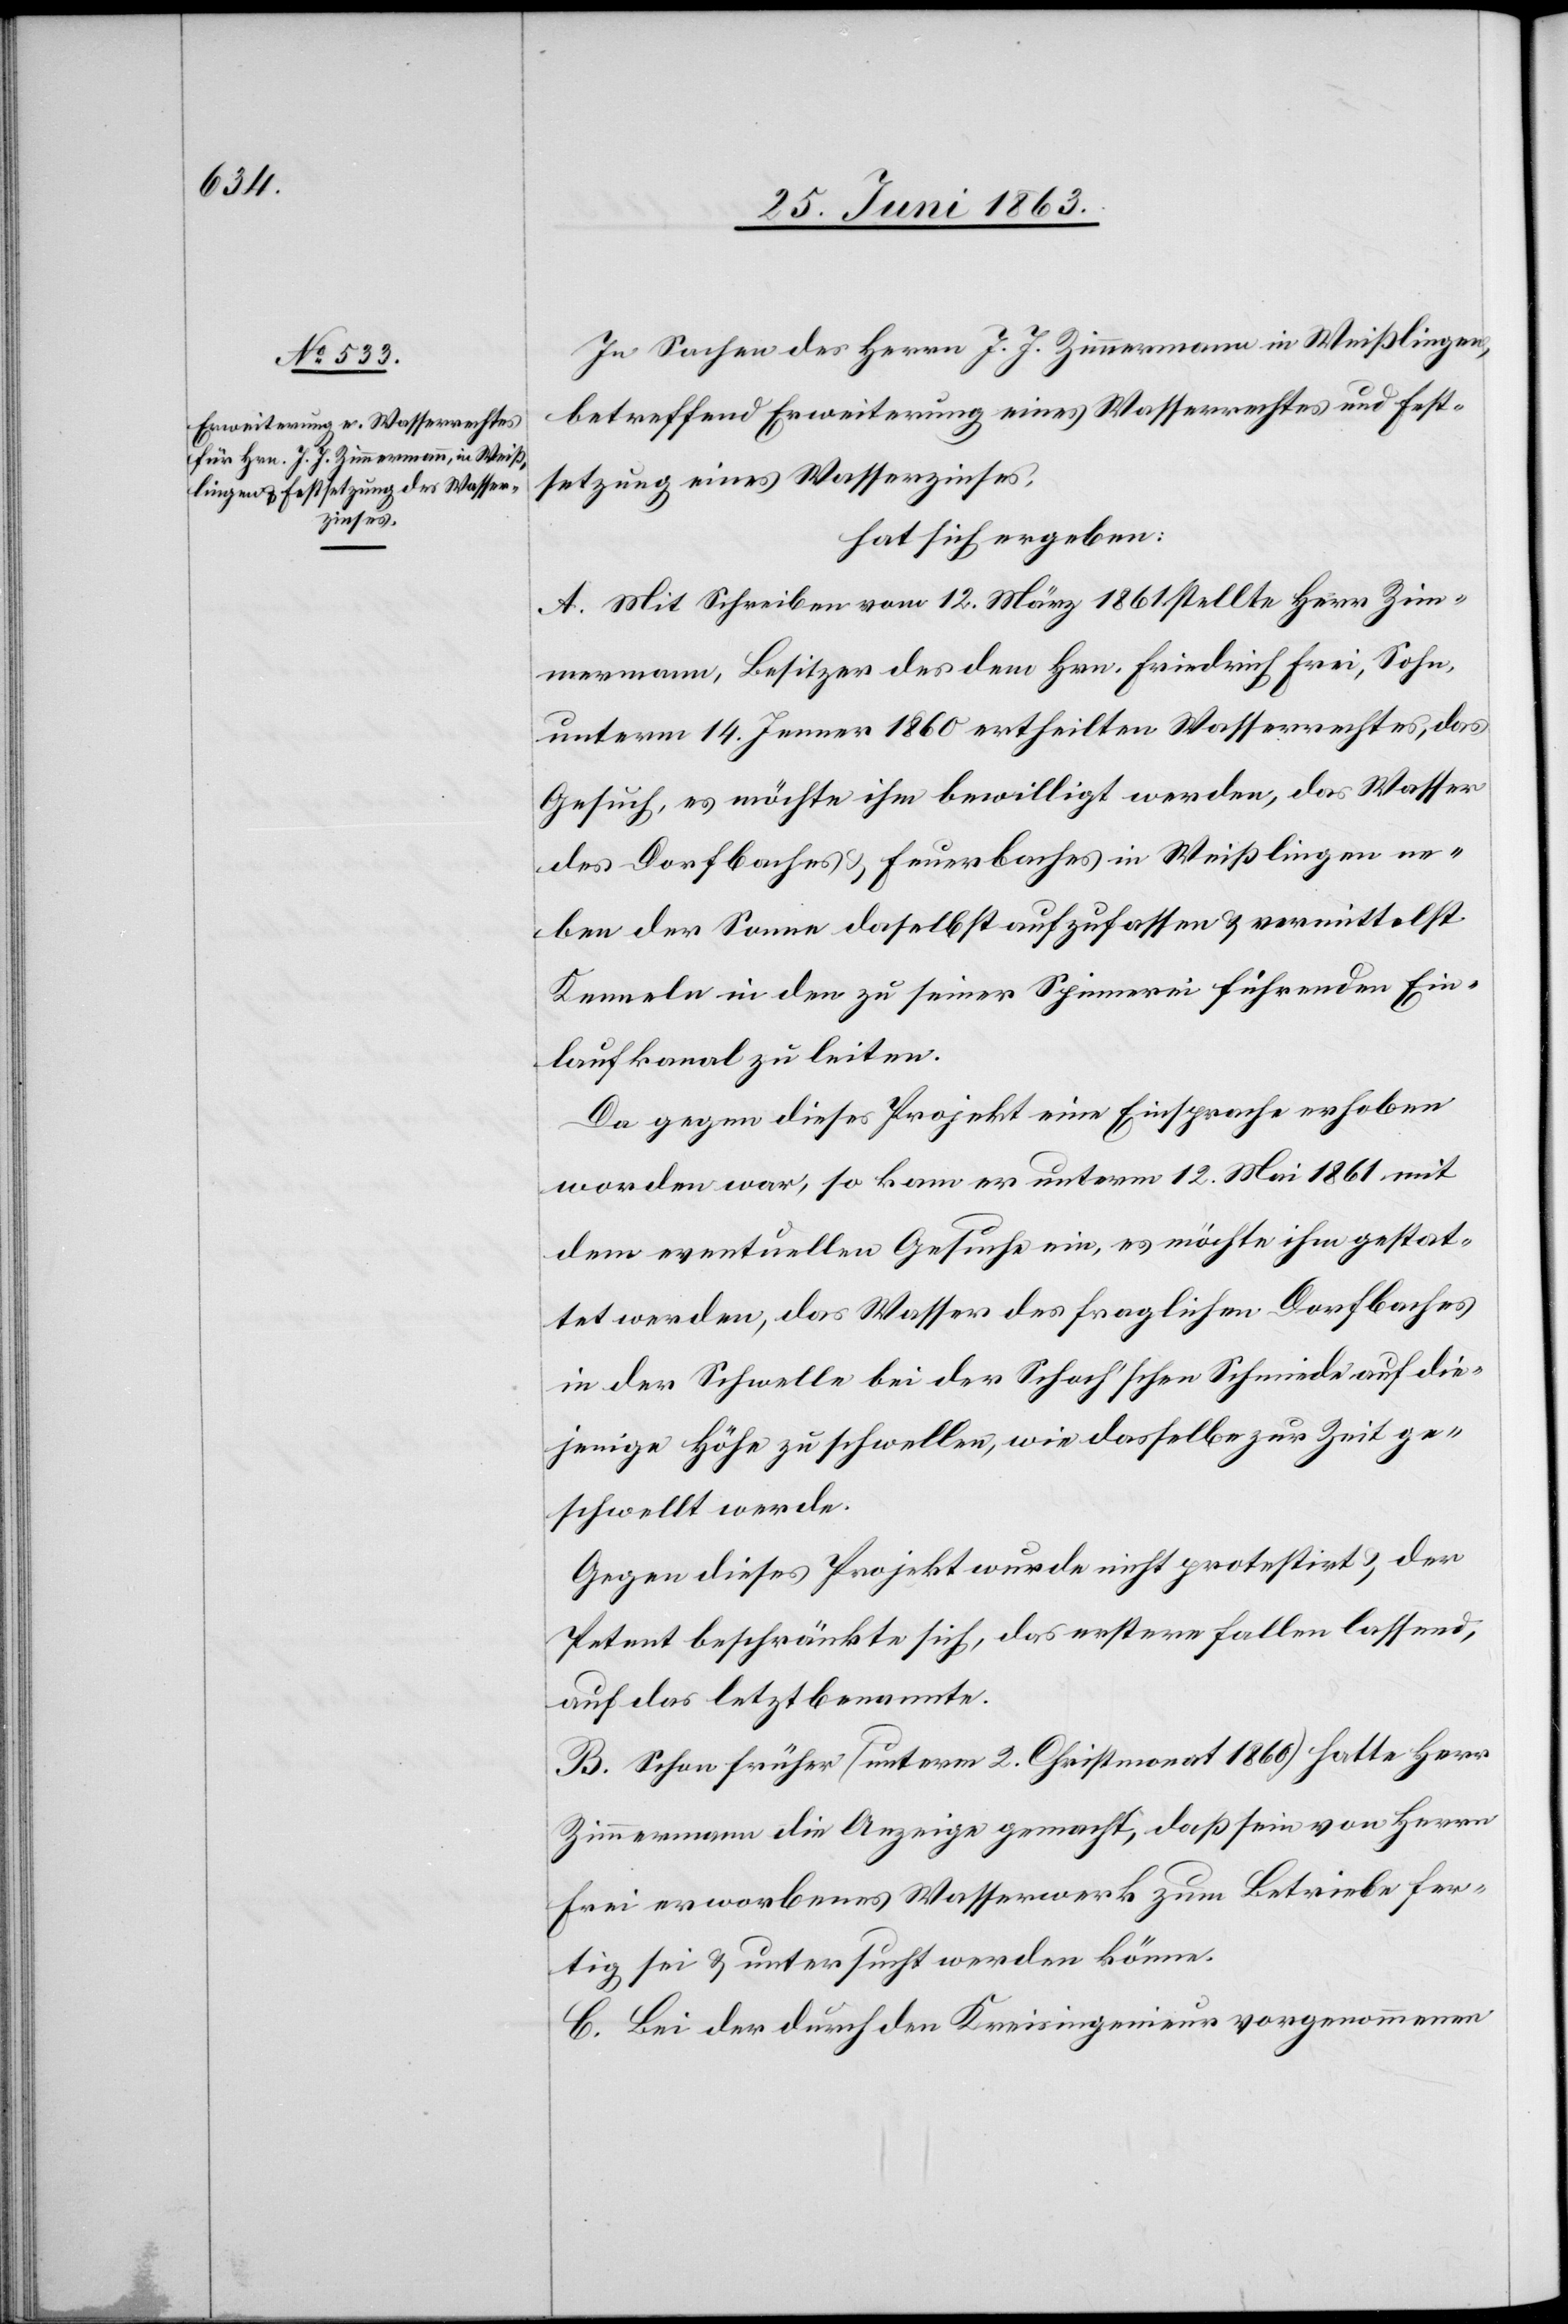
In Sachen des Herrn J. J. Zimmermann in Weißlingen,
betreffend Erweiterung eines Wasserrechtes und Fest¬
setzung eines Wasserzinses,
hat sich ergeben:
A. Mit Schreiben vom 12. März 1861 stellte Herr Zim¬
mermann, Besitzer des dem Hrn. Friedrich Frei, Sohn,
unterm 14. Jenner 1860 ertheilten Wasserrechtes, das
Gesuch, es möchte ihm bewilligt werden, das Wasser
des Dorfbaches & Feuerbaches in Weißlingen ne¬
ben der Sonne daselbst aufzufassen & vermittelst
Kenneln in den zu seiner Spinnerei führenden Ein¬
laufkanal zu leiten.
Da gegen dieses Projekt eine Einsprache erhoben
worden war, so kam er unterm 12. Mai 1861 mit
dem eventuellen Gesuche ein, es möchte ihm gestat¬
tet werden, das Wasser des fraglichen Dorfbaches
in der Schwelle bei der Schach'schen Schmiede auf die¬
jenige Höhe zu schwellen, wie dasselbe zur Zeit ge¬
schwellt werde.
Gegen dieses Projekt wurde nicht protestirt & der
Petent beschränkte sich, das erstere fallen lassend,
auf das letztbenannte.
B. Schon früher (unterm 2. Christmonat 1860) hatte Herr
Zimmermann die Anzeige gemacht, daß sein von Herrn
Frei erworbenes Wasserwerk zum Betriebe fer¬
tig sei & untersucht werden könne.
C. Bei der durch den Kreisingenieur vorgenommenen